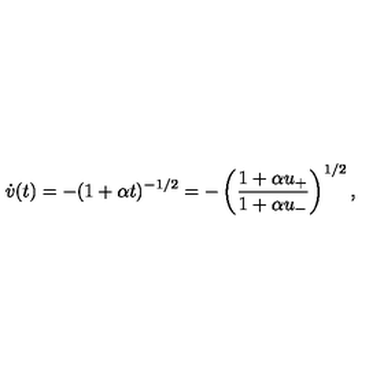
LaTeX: \dot { v } ( t ) = - ( 1 + \alpha t ) ^ { - 1 / 2 } = - \left( { \frac { 1 + \alpha u _ { + } } { 1 + \alpha u _ { - } } } \right) ^ { 1 / 2 } ,